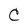
Character: C